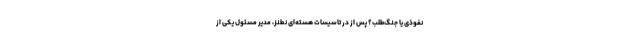
نفوذی یا جنگ‌طلب؟ پس از در تاسیسات هسته‌ای نطنز، مدیر مسئول یکی از